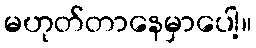
မဟုတ်တာနေမှာပေါ့။